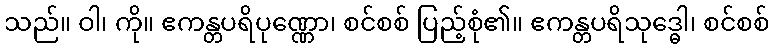
သည်။ ဝါ၊ ကို။ ဧကန္တပရိပုဏ္ဏော၊ စင်စစ် ပြည့်စုံ၏။ ဧကန္တပရိသုဒ္ဓေါ၊ စင်စစ်